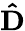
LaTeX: \mathbf{\hat{D}}